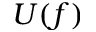
U ( f )